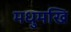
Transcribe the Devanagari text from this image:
मधुमखि